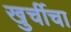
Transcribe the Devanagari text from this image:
खुर्चीचा